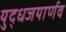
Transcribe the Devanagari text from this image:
युद्धजयार्णव